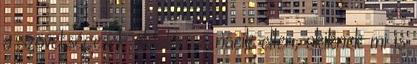
a szövetségesek oldalán, a nácik ellen, akiknek mi is